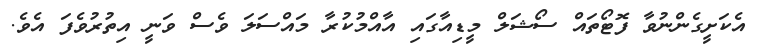
އެކަށީގެންނުވާ ފޮޓޯތައް ސޯޝަލް މީޑިއާގައި އާއްމުކުރާ މައްސަލަ ވެސް ވަނީ އިތުރުވެފަ އެވެ.